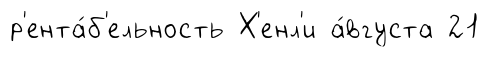
р'ента́б'ельность Х'енл'и а́вгуста 21